Report of the Hyderabad Chloroform Commission
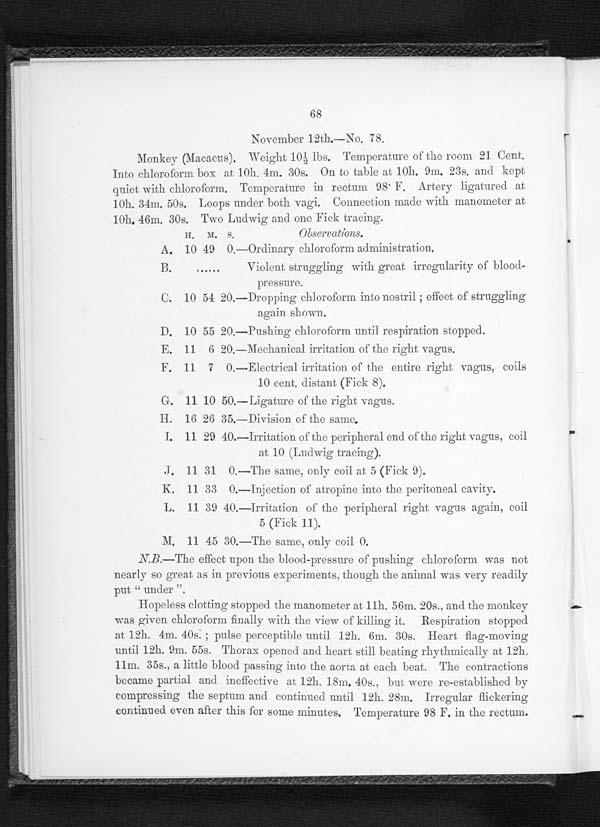
68
November 12th.—No. 78.
Monkey (Macacus). Weight 10½ lbs. Temperature of the room 21 Cent.
Into chloroform box at 10h. 4m. 30s. On to table at 10h. 9m. 23s. and kept
quiet with chloroform. Temperature in rectum 98. F. Artery ligatured at
10h. 34m. 50s. Loops under both vagi. Connection made with manometer at
10h, 46m. 30s. Two Ludwig and one Fick tracing.
H.
M. S,
Ob
s e v c a t i o n s .
A. 10 49 0.—Ordinary chloroform administration.
B.
......
Violent struggling with great irregularity of blood-
pressure.
C. 10 54 20.—Dropping chloroform into nostril ; effect of struggling
again shown.
D. 10 5 5 5 20.—Pushing chloroform until respiration stopped.
E. 11 6 20. Mechanical irritation of the right vagus.
F. 11 7
O. —El e c t r i c a l i r r i t a t i o n o f t h e e n t i r e r i g h t v a g u s , c o i l s
10 cent. distant (Fick 8).
G. 11 10 50.—Ligature of the right vagus.
H. 16 26 35.—Division of the same.
I,
11 29 40.—Irritation of the peripheral end of the right vagus, coil
at 10 (Ludwig tracing.).
.J. 11 31 0.—The same, only coil at 5 (Fick 9).
K. 11 33
0 . —I n j e c t i o n o f a t r o pi n e i n t o t h e p e r i t o n e a l c a v i t y .
L. 11 39 40. Irritation of the peripheral right vagus again, coil
5 (Fick 11).
M. 11 45 30.—The same, only coil 0.
N.B.—The effect upon the blood-pressure of pushing chloroform was not
nearly so great as in previous experiments. though the animal was very readily
put "under"
Hopeless clotting stopped the manometer at. 11h. 56m. 20s., and the monkey
was given chloroform finally with the view of killing it. Respiration stopped
at 12h. 4m. 40s. ; pulse perceptible until. 12h. (6m. 30s. Heart flag-moving
until 12h. 9m. 55s. Thorax opened and heart still beating rhythmically at 12h,
11m. 35s., a little blood passing into the aorta at each beat. The contractions
became partial and ineffective at 12h. 18m. 40s., but were re-established by
compressing the septum and continued until 12h. 28m. Irregular flickering
continued even after this for some minutes. Temperature 98 F. in the rectum.